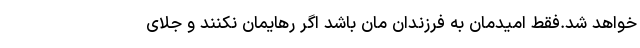
خواهد شد.فقط امیدمان به فرزندان مان باشد اگر رهایمان نکنند و جلای